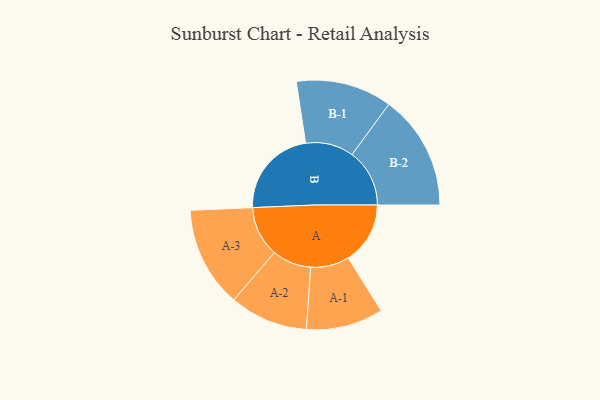
{"axis": {"x": "Segment", "y": "Value"}, "legend": ["", "A", "B"], "data": [{"x": "A", "y": 320, "type": ""}, {"x": "B", "y": 463, "type": ""}, {"x": "A-1", "y": 199, "type": "A"}, {"x": "A-2", "y": 202, "type": "A"}, {"x": "A-3", "y": 260, "type": "A"}, {"x": "B-1", "y": 248, "type": "B"}, {"x": "B-2", "y": 297, "type": "B"}]}